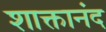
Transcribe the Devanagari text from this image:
शाक्तानंद